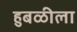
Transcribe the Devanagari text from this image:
हुबळीला